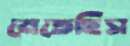
মেতেছিস